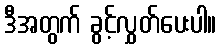
ဒီအတွက် ခွင့်လွှတ်ပေးပါ။